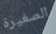
الصغيرة